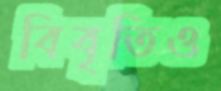
বিবৃতিও